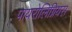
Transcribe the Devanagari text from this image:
पायरोलिग्नियस